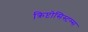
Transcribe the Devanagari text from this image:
क्रिप्टोसिस्टम्स